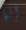
إنها